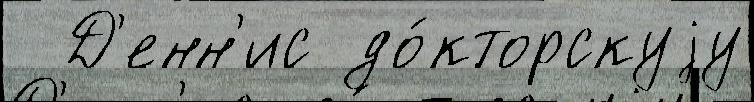
  Д'енн'ис до́кторскуjу